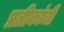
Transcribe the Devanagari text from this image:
प्रतीकांची